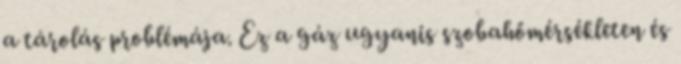
a tárolás problémája. Ez a gáz ugyanis szobahőmérsékleten és